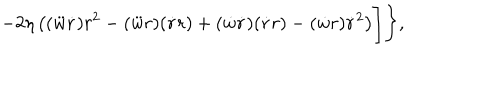
LaTeX: - 2 \eta \left( ( \ddot { w } \dot { r } ) r ^ { 2 } - ( \ddot { w } r ) ( \dot { r } r ) + ( \dot { w } \dot { r } ) ( \dot { r } r ) - ( \dot { w } r ) \dot { r } ^ { 2 } \right) \Biggr ] \Biggr \} ,